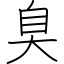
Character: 臭